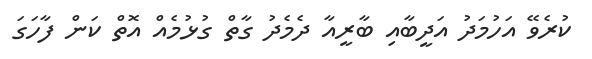
ކުރެވޭ އަހުމަދު އަދީބާއި ބާރީއާ ދެމެދު ގާތް ގުޅުމެއް އޮތް ކަން ފާހަގަ